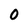
Character: 0